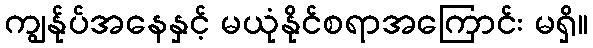
ကျွန်ုပ်အနေနှင့် မယုံနိုင်စရာအကြောင်း မရှိ။